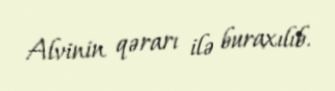
Alvinin qərarı ilə buraxılıb.